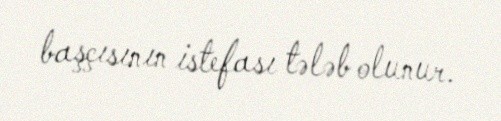
başçısının istefası tələb olunur.